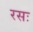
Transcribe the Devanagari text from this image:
रसः